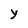
Character: Y